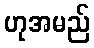
ဟုအမည်